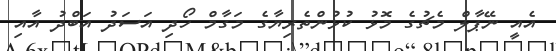
އެއީ ނޭޕާލް މެޗުގެ މޮޅު ކުޅުންތެރިޔާގެ މަގާމް ހޯދި އަސަދު އަބްދު އާއި